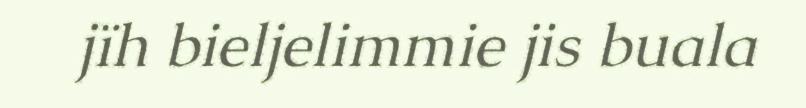
jïh bieljelimmie jis buala